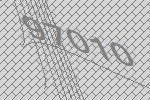
97010